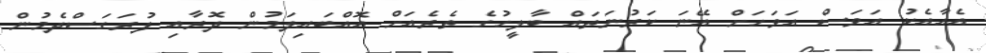
އެއާއެކު އަވަސް އަވަހަށް އޭނަ ކަރުނަތައް ބާލީހުގެ ތެރެއަށް އޮއްބައިލަމުން ދޮރާއި ފުރަގަސްދެމުން